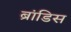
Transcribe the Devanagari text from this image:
ब्रांडिस